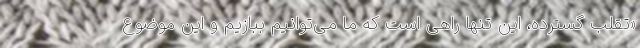
«تقلب گسترده، این تنها راهی است که ما می‌توانیم ببازیم و این موضوع